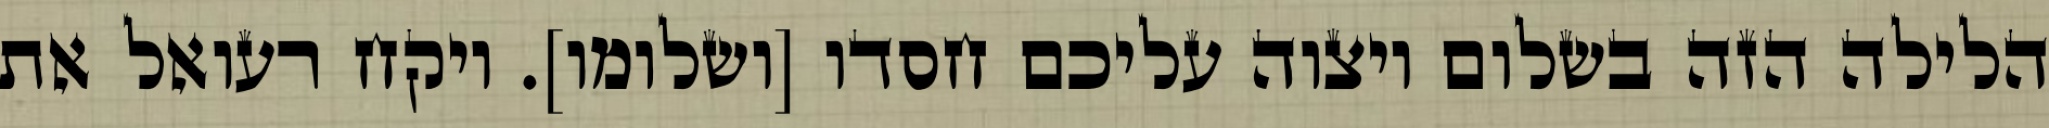
הלילה הזה בשלום ויצוה עליכם חסדו [ושלומו]. ויקח רעואל את